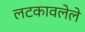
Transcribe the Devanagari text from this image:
लटकावलेले